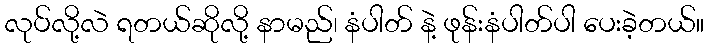
လုပ်လို့လဲ ရတယ်ဆိုလို့ နာမည်၊ နံပါတ် နဲ့ ဖုန်းနံပါတ်ပါ ပေးခဲ့တယ်။